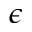
\epsilon